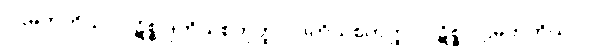
ပဌမတတိယာ ပဋိစ္စ ဒုတိယစတုတ္ထာ, ဒုတိယစတုတ္ထာ ပဋိစ္စ ပဌမတတိယာ,